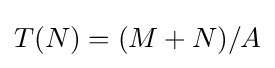
T(N)=(M+N)/A